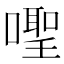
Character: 𪢎